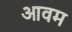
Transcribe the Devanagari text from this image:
आवम